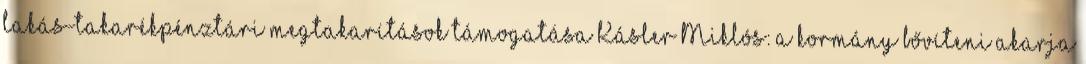
lakás-takarékpénztári megtakarítások támogatása Kásler Miklós: a kormány bővíteni akarja